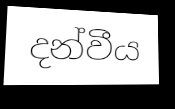
දන්වීය